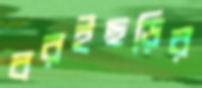
বরইছড়ির